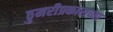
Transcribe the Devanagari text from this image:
ठुमरीप्रकाराच्या